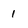
Character: 1